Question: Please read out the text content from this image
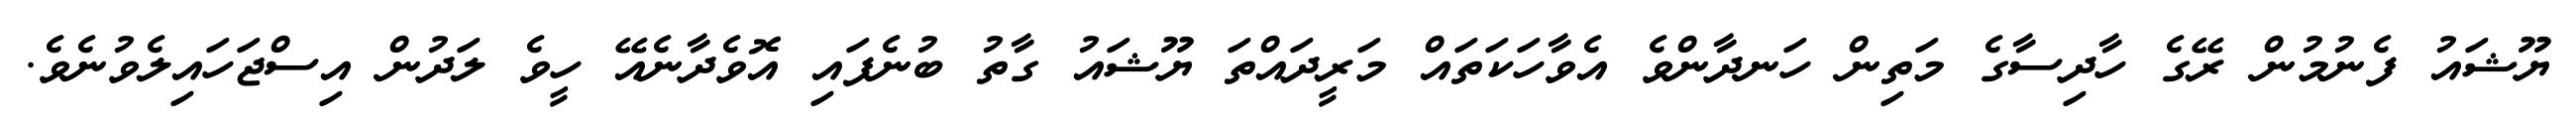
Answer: ޔޫޝައު ފެނުމުން ރޭގެ ހާދިސާގެ މަތިން ހަނދާންވެ އެވާހަކަތައް މަރީދައްތަ ޔޫޝައު ގާތު ބުނެފައި އޮވެދާނެއޭ ހީވެ ލަދުން އިސްޖަހައިލެވުނެވެ.